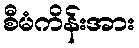
စီမံကိန်းအား